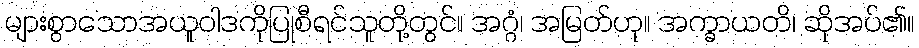
များစွာသောအယူဝါဒကိုပြုစီရင်သူတို့တွင်။ အဂ္ဂံ၊ အမြတ်ဟု။ အက္ခာယတိ၊ ဆိုအပ်၏။